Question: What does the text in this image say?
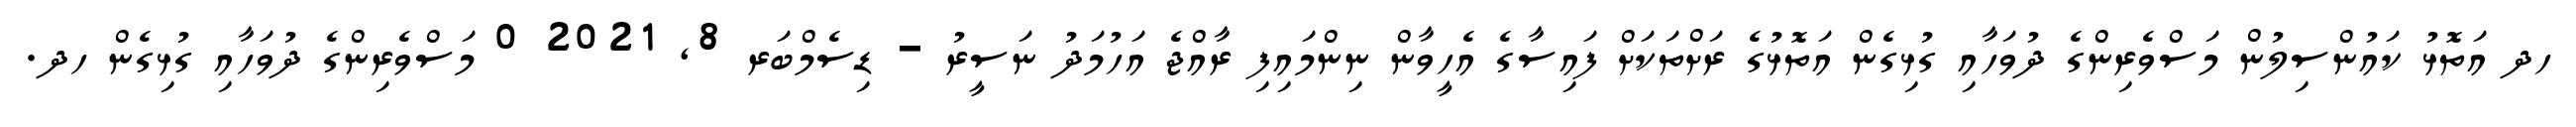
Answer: ހދ އަތޮޅު ކައުންސިލުން މަސްވެރިންގެ ދުވަހާއި ގުޅިގެން އަތޮޅުގެ ރަށްތަކަށް ފައިސާގެ އެހީވާން ނިންމައިފި ރާއްޖެ އަހުމަދު ނަސީރު - ޑިސެމްބަރ 8, 2021 0 މަސްވެރިންގެ ދުވަހާއި ގުޅިގެން ހދ.